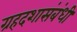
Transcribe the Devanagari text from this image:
ग्रहदशासंबंधी